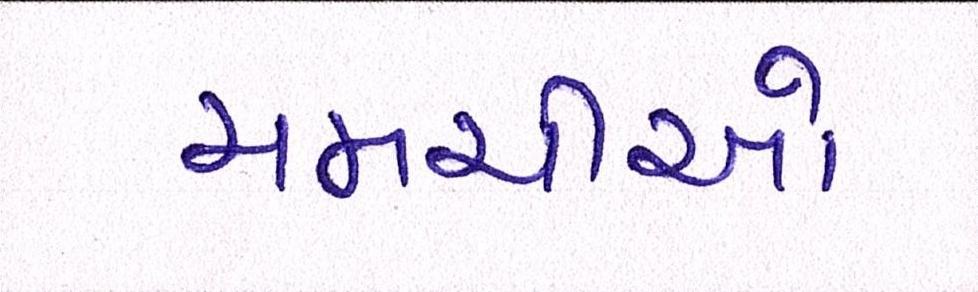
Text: ચમચીઓ